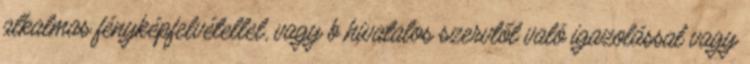
alkalmas fényképfelvétellel, vagy b hivatalos szervtől való igazolással vagy